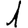
Digit: 1